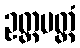
ဥတ္တမတ္ထံ